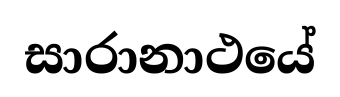
සාරානාථයේ